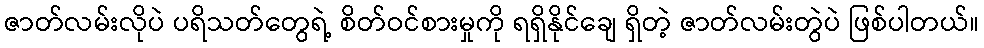
ဇာတ်လမ်းလိုပဲ ပရိသတ်တွေရဲ့ စိတ်ဝင်စားမှုကို ရရှိနိုင်ချေ ရှိတဲ့ ဇာတ်လမ်းတွဲပဲ ဖြစ်ပါတယ်။